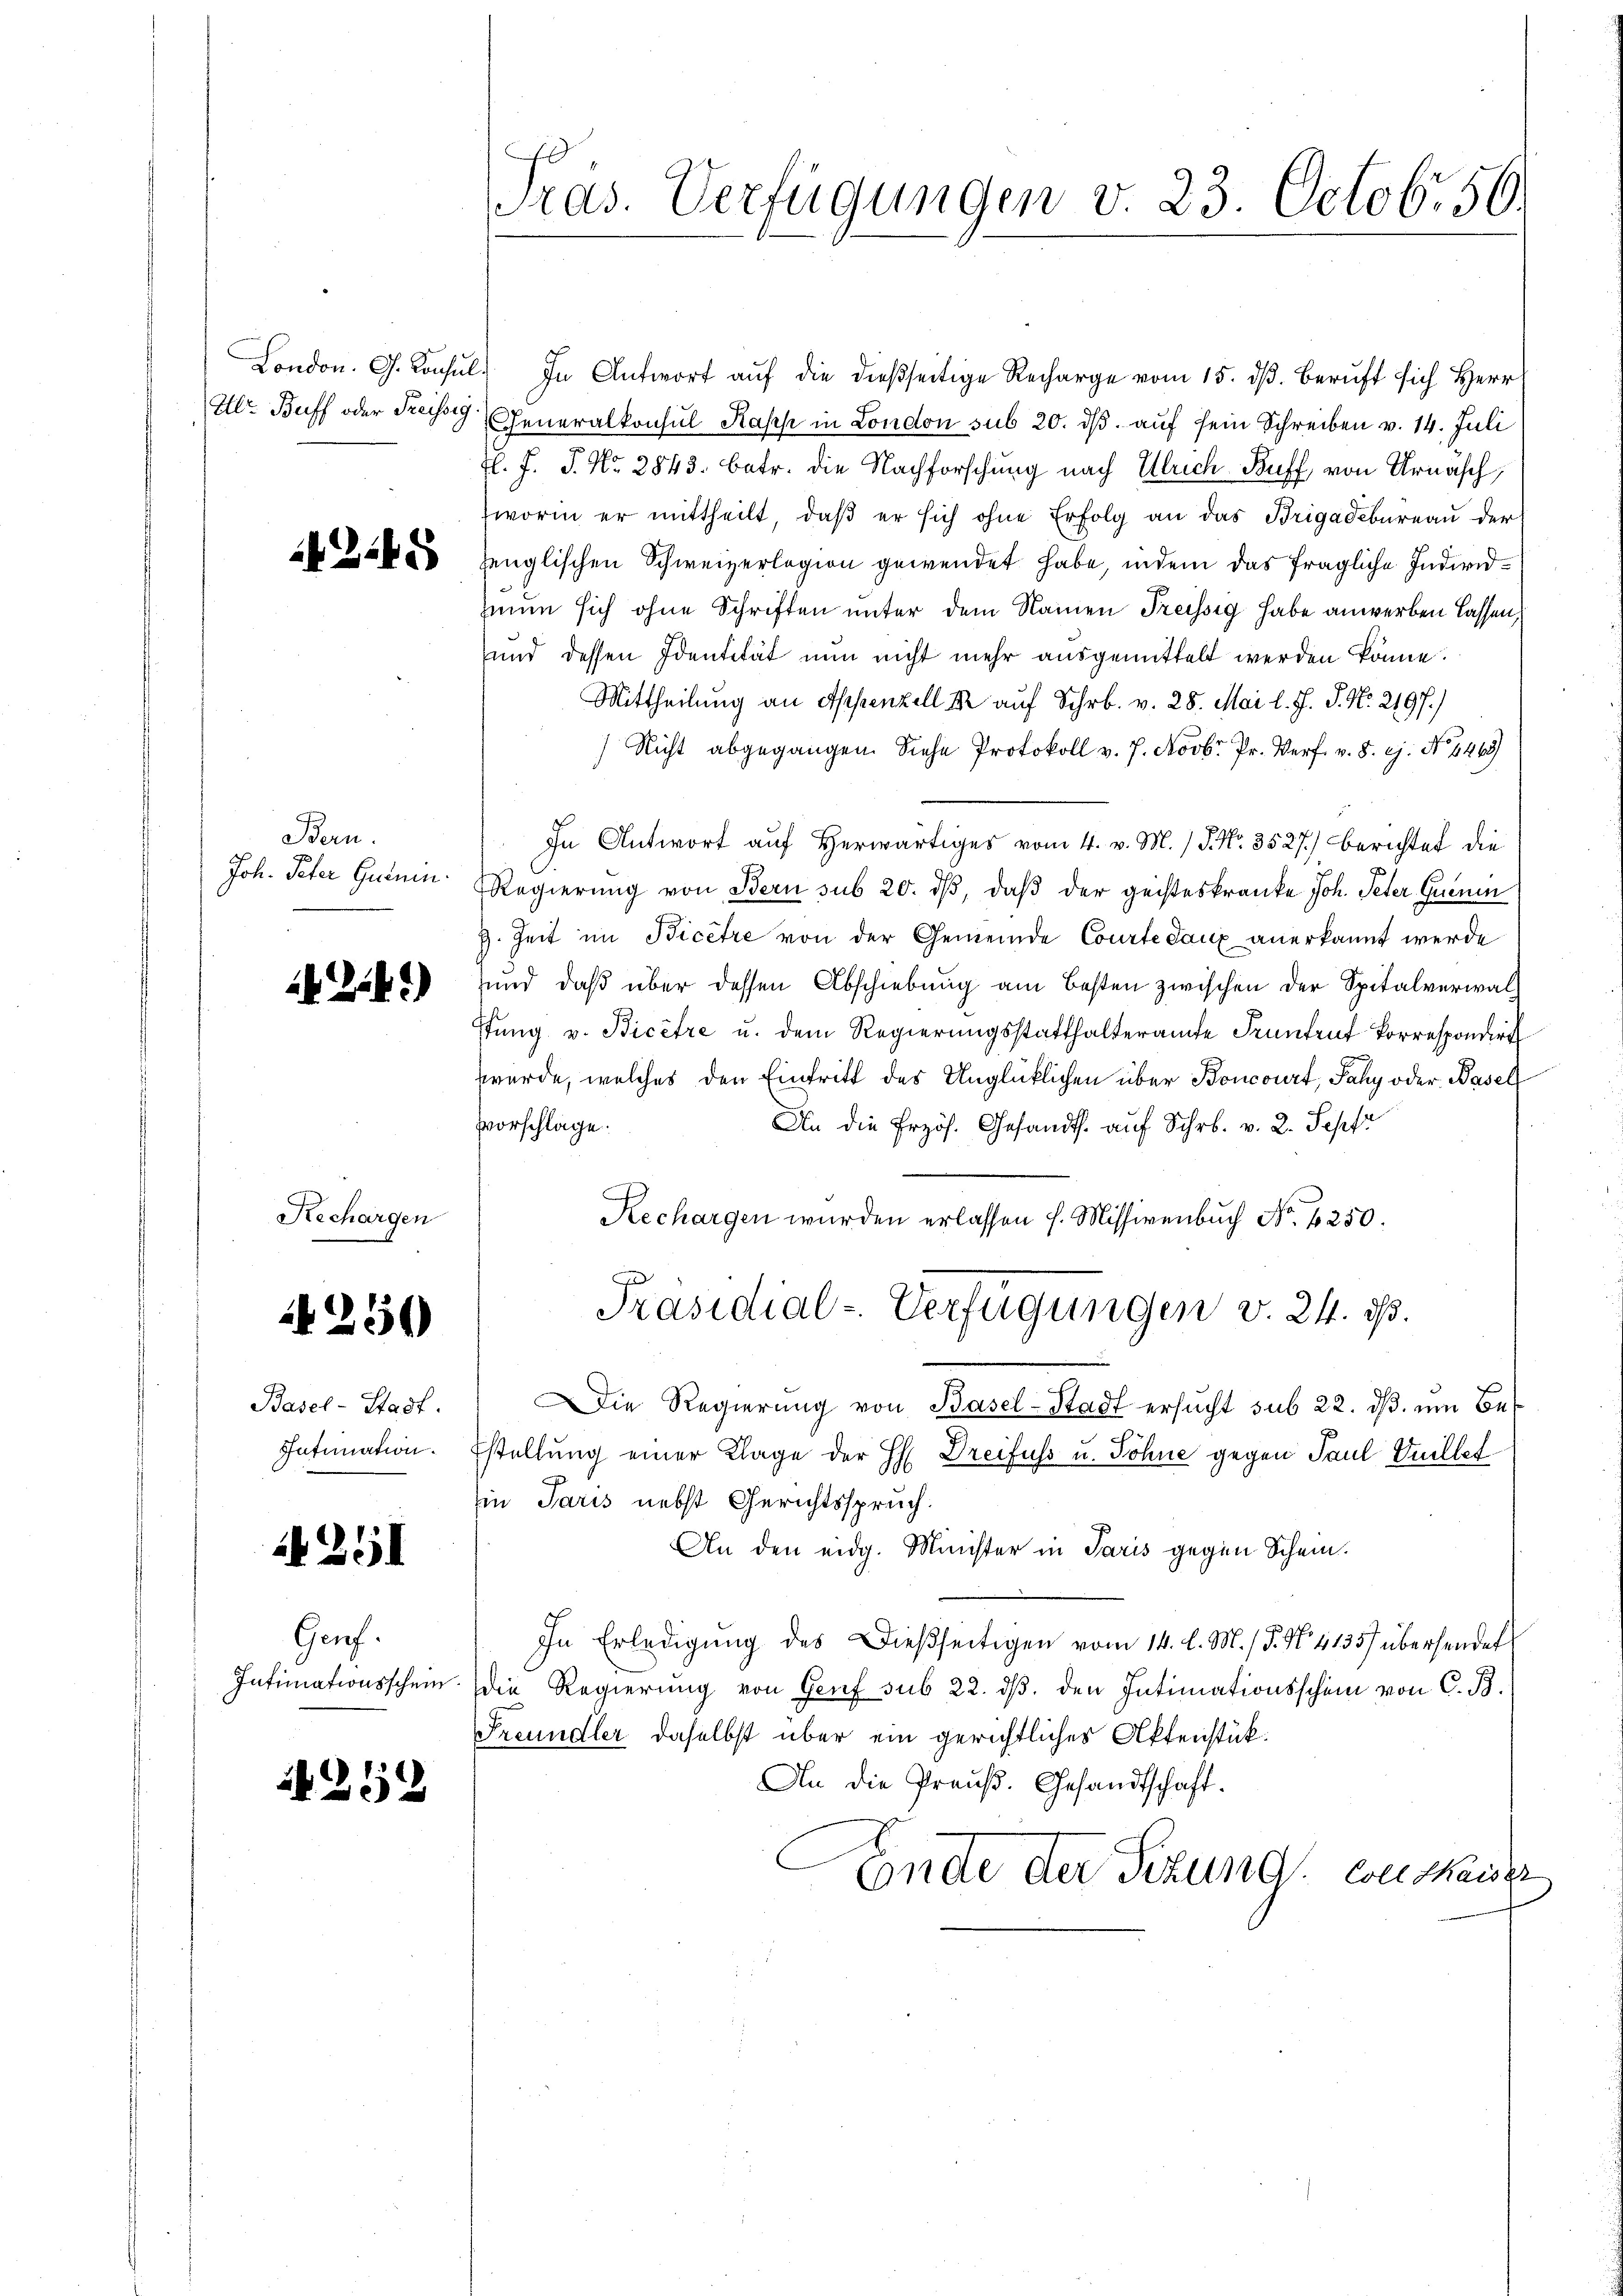
245

Bern.
Joh. Peter Gutnin.

.24)

Rechargen

250

Basel-Stadt.
Intimation.

251

Gauf.
Intimationsschein.

1252

ras. Verfügungen v. 23. Octobr. 56.

London. G. Konsŭl. In Antwort aŭf die dießseitige Recharge vom 15. dβ. Beruft sich Herr
Hlr. Buff oder Reissg, Generalkonsul Kapp in London sub 20. dβ aŭf sein Schreiben v. 14. Juli
Jl. F. P. Nr. 2843. betr. die Nachforschung nach Ulrich Souff von Urnasch,
worin er mittheilt, daβ er sich ohne Erfolg an das Brigadebureau der
zenglischen Schweizerlegion gewendet habe, indem das fragliche Individmun sich ohne Schriften unter dem Namen Freissig habe anwerben lassen
und dessen Identität nun nicht mehr ausgemittelt werden könne.
Mittheilung an Appenzell er auf Schr. v. 28. Mai l. J. J. N. 2197.)
Nicht abgegangen. Siehe Protokoll v. J. Novbr. Pr. Verf. v. 8. ej. No 1469)
In Antwort auf Herwärtiges vom 4. v. M. / P. Nr. 3527.) Berichtet die
Regierung von Bern sub 20. dβ, daß der geisteskranke Joh. Peter Quenin
H. Zeit im Bicêtre von der Gemeinde Courte Saux anerkannt werde
sund daß über dessen Abschiebung am besten zwischen der Spitalverwalstung v. Bicere u. dem Regierungsstatthalteramte Frantent Korrespondirt
werde, welches den Eintritt des Unglücklichen über Boncourt, Jahy oder Basel
vorschlage.
An die Erzös. Gesandts. auf Schr. v. 2. Sepfr
Rechargen wurden erlassen h. Missivenbuch No. 4250.
Präsidial-Verfügungen v. 24. ds.
Die Regierŭng von Basel-Stadt ersucht sub 22. dβ. um Bestellung einer Klage der H: Dreifuss u. Söhne gegen Paul Vuillet
in Paris nebst Gerichtsspruch.
An den eidg. Minister in Paris gegen Schein.
In Erledigung des Dießseitigen vom 14. d. M. / P. Nr. 4135) übersendet
die Regierung von Genf sub 22. dβ. den Intimationsschein von C. B.
Freundler daselbst über ein gerichtliches Aktenstük¬
An die Preuß. Gesandtschaft.
Ende der Sitzung consausz